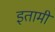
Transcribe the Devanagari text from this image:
इतामी